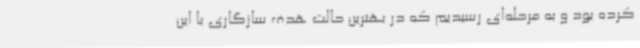
کرده بود و به مرحله‌ای رسیدیم که در بهترین حالت هدف سازگاری با این